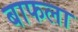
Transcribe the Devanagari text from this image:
बाफला